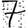
Digit: 7